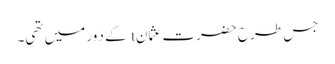
جس طرح حضرت عثمانt کے دَور میں تھی۔